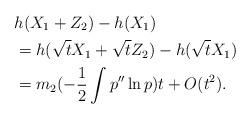
LaTeX: \begin{align*}&h(X_1+Z_2)-h(X_1)\\&=h(\sqrt{t}X_1+\sqrt{t}Z_2)-h(\sqrt{t}X_1)\\&=m_2(-\frac1{2}\int p''\ln p)t+O(t^2).\end{align*}